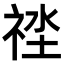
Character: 𥙲